Mental hospitals Bombay report 1921-28 - 1921-1928
Year: 1921
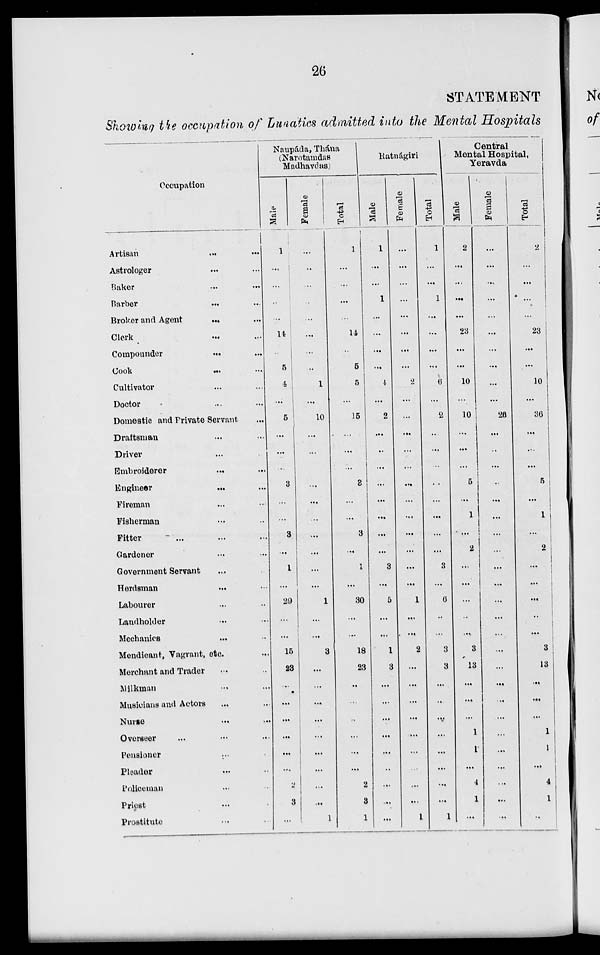
26
STATEMENT
Showing the occupation of Lunatics admitted into the Mental Hospitals
Occupation
Artisan ... ...
Astrologer ... ...
Baker ... ...
Barber
...
...
Broker and Agent ... ...
Clerk ... ...
Compounder ... ...
Cook
...
...
Cultivator ... ...
Doctor ... ...
Domestic and Private Servant
Draftsman ... ...
Driver ... ...
Embroiderer ... ...
Engineer
...
...
Fireman ... ...
Fisherman ... ...
Fitter ... ... ...
Gardener ... ...
Government Servant ... ...
Herdsman ... ...
Labourer ... ...
Landholder ... ...
Mechanics ... ...
Mendicant, Vagrant, etc. ...
Merchant and Trader ... ...
Milkman ... ...
Musicians and Actors ... ...
Nurse ... ... ...
Overseer ... ... ...
Pensioner ... ...
Pleader ... ...
Policeman ... ...
Priest ... ...
Prostitute ... ...
Naupáda, Thána
(Narotamdas
Madhavdas)
Male
1
...
...
...
...
14
...
5
4
...
5
...
...
...
3
...
...
3
...
1
...
29
...
...
15
23
...
...
...
...
...
...
2
3
...
Female
...
...
...
...
...
...
...
...
1
...
10
...
...
...
...
...
...
...
...
...
...
1
...
...
3
...
...
....
...
...
...
...
...
...
1
Total
1
...
...
...
...
14
...
5
5
...
15
...
...
...
3
...
...
3
...
1
...
30
...
...
18
23
...
...
...
...
...
...
2
3
1
Ratnágiri
Male
1
...
...
1
...
...
...
...
4
...
2
...
...
...
...
...
...
...
...
3
...
5
...
...
1
3
...
...
...
...
...
...
...
...
...
Female
...
...
...
...
...
...
...
...
2
...
...
...
...
...
...
...
...
...
...
...
...
1
...
...
2
...
...
...
...
...
...
...
...
...
1
Total
1
...
...
1
...
...
...
...
6
...
2
...
...
...
...
...
...
...
...
3
...
6
..
...
3
3
...
...
...
...
...
...
...
...
1
Central
Mental Hospital,
Yeravda
Male
2
...
...
...
...
23
...
...
10
...
10
...
...
...
5
...
1
...
2
...
...
...
...
...
3
13
...
...
...
1
1
...
4
1
...
Female
...
...
...
...
...
...
...
...
...
...
26
...
...
...
...
...
...
...
...
...
...
...
...
...
...
...
...
...
...
...
...
...
...
...
...
Total
2
...
...
...
...
23
...
...
10
...
36
...
...
...
5
...
1
...
2
...
...
...
...
...
3
13
...
...
...
1
1
...
4
1
...